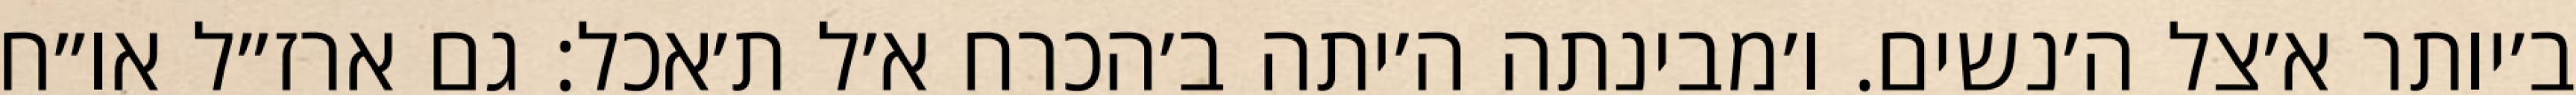
ב׳יותר א׳צל ה׳נשים. ו׳מבינתה ה׳יתה ב׳הכרח א׳ל ת׳אכל: גם ארז״ל או״ח